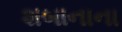
શબાનાના